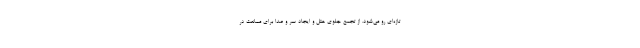
تازه‌ای رو می‌شود. از تجمع جلوی هتل و ایجاد سر و صدا برای ممانعت در